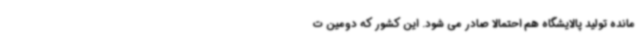
مانده تولید پالایشگاه هم احتمالا صادر می شود. این کشور که دومین ت